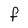
Character: F